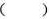
( )